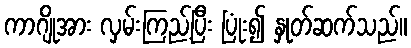
ကာဂျိုအား လှမ်းကြည့်ပြီး ပြုံး၍ နှုတ်ဆက်သည်။